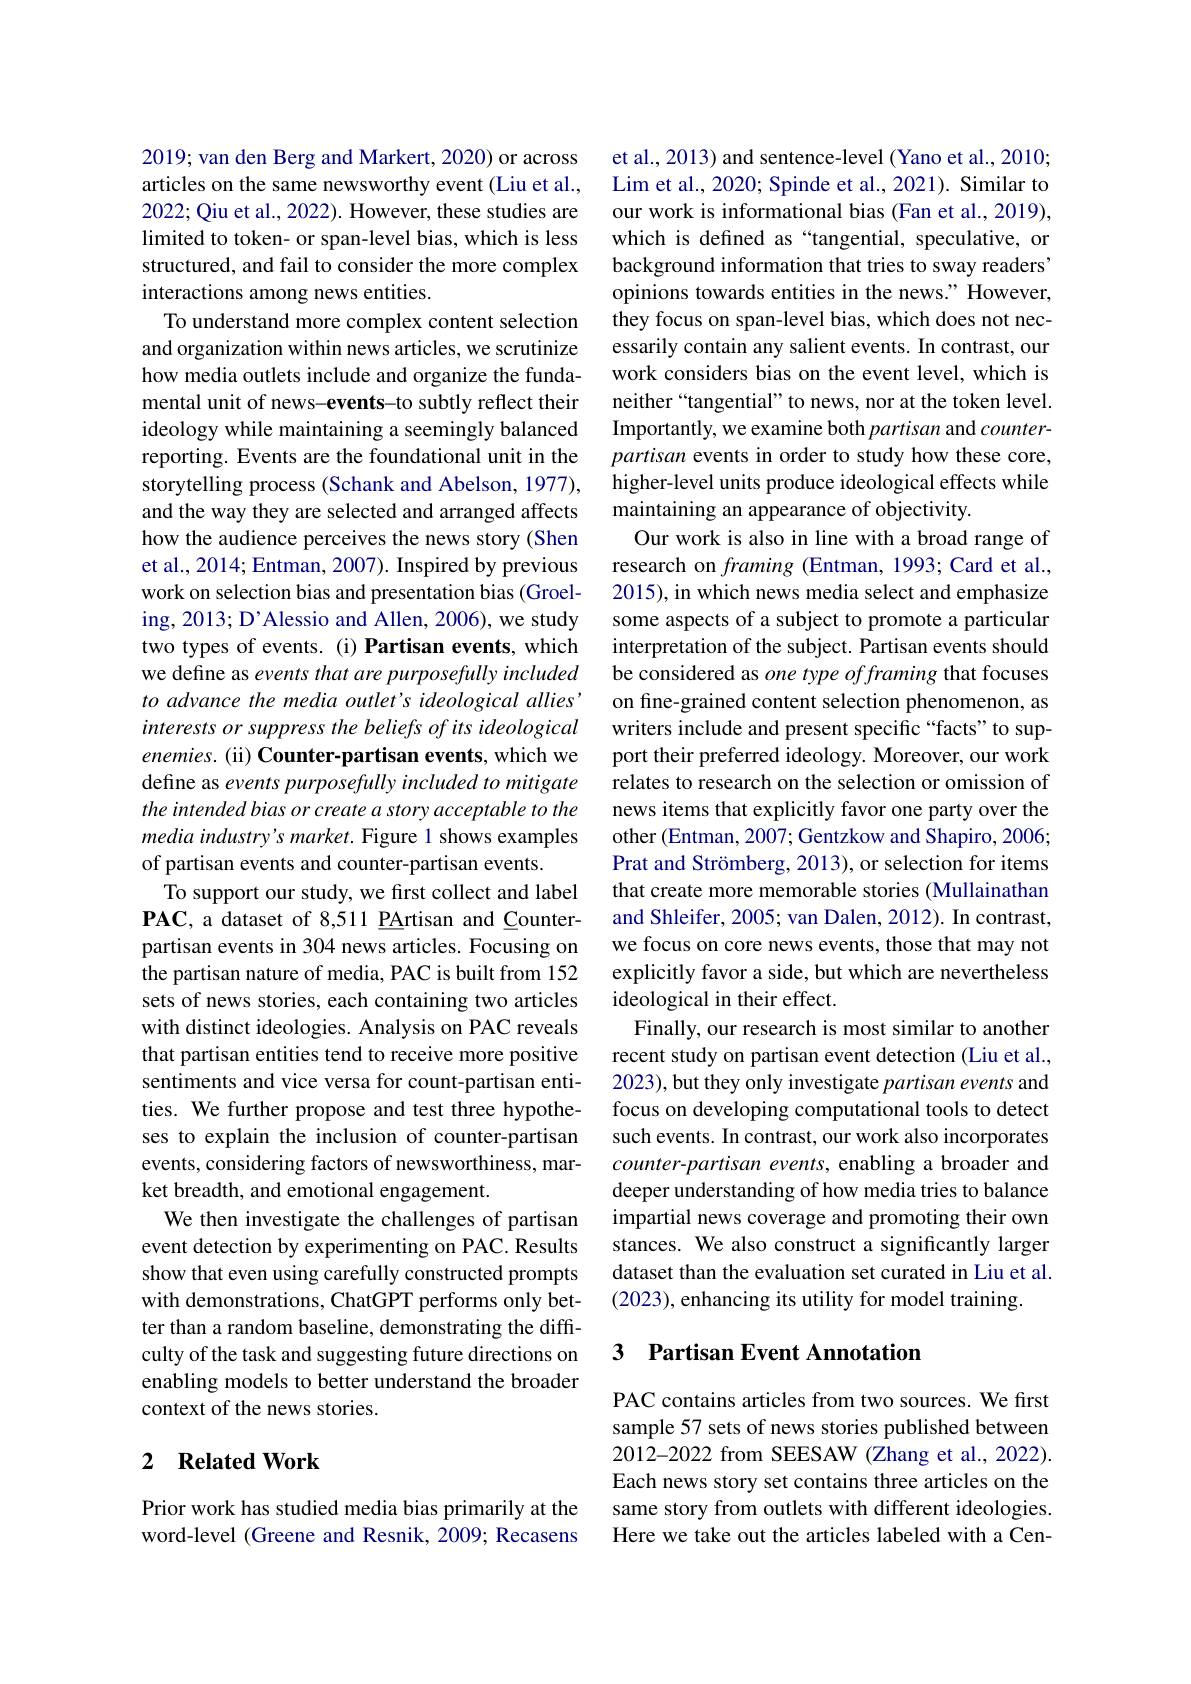
2019; van den Berg and Markert, 2020) or across articles on the same newsworthy event (Liu et al., 2022; Qiu et al., 2022). However, these studies are limited to token- or span-level bias, which is less structured, and fail to consider the more complex interactions among news entities.
To understand more complex content selection and organization within news articles, we scrutinize how media outlets include and organize the fundamental unit of news-events-to subtly reflect their ideology while maintaining a seemingly balanced reporting. Events are the foundational unit in the storytelling process (Schank and Abelson, 1977), and the way they are selected and arranged affects how the audience perceives the news story (Shen et al., 2014; Entman, 2007). Inspired by previous work on selection bias and presentation bias (Groeling, 2013; D' Alessio and Allen, 2006), we study two types of events. (i) Partisan events, which we define as events that are purposefully included to advance the media outlet's ideological allies' interests or suppress the beliefs of its ideological enemies. (ii) Counter-partisan events, which we define as events purposefully included to mitigate the intended bias or create a story acceptable to the media industry's market. Figure 1 shows examples of partisan events and counter-partisan events.
To support our study, we first collect and label $\mathbf{PAC}$, a dataset of 8,511 PArtisan and Counterpartisan events in 304 news articles. Focusing on the partisan nature of media, PAC is built from 152 sets of news stories, each containing two articles with distinct ideologies. Analysis on PAC reveals that partisan entities tend to receive more positive sentiments and vice versa for count-partisan entities. We further propose and test three hypotheses to explain the inclusion of counter-partisan events, considering factors of newsworthiness, market breadth, and emotional engagement.
We then investigate the challenges of partisan event detection by experimenting on PAC. Results show that even using carefully constructed prompts with demonstrations, ChatGPT performs only better than a random baseline, demonstrating the difficulty of the task and suggesting future directions on enabling models to better understand the broader context of the news stories.

## 2 $\textbf{Related Work}$

Prior work has studied media bias primarily at the word-level (Greene and Resnik, 2009; Recasens

et al., 2013) and sentence-level (Yano et al., 2010; Lim et al., 2020; Spinde et al., 2021). Similar to our work is informational bias (Fan et al., 2019), which is defined as“tangential, speculative, or background information that tries to sway readers' opinions towards entities in the news." However, they focus on span-level bias, which does not necessarily contain any salient events. In contrast, our work considers bias on the event level, which is neither“tangential”to news, nor at the token level. Importantly, we examine both partisan and counterpartisan events in order to study how these core, higher-level units produce ideological effects while maintaining an appearance of objectivity.
Our work is also in line with a broad range of research on framing (Entman, 1993; Card et al., 2015), in which news media select and emphasize some aspects of a subject to promote a particular interpretation of the subject. Partisan events should be considered as one type offraming that focuses on fine-grained content selection phenomenon, as writers include and present specific “facts”to support their preferred ideology. Moreover, our work relates to research on the selection or omission of news items that explicitly favor one party over the other (Entman, 2007; Gentzkow and Shapiro, 2006; Prat and Strömberg, 2013), or selection for items that create more memorable stories (Mullainathan and Shleifer, 2005; van Dalen, 2012). In contrast, we focus on core news events, those that may not explicitly favor a side, but which are nevertheless ideological in their effect.
Finally, our research is most similar to another recent study on partisan event detection (Liu et al., 2023), but they only investigate partisan events and focus on developing computational tools to detect such events. In contrast, our work also incorporates $counter-partisan$ events, enabling a broader and deeper understanding of how media tries to balance impartial news coverage and promoting their own stances. We also construct a significantly larger dataset than the evaluation set curated in Liu et al. (2023), enhancing its utility for model training.

## 3 Partisan Event Annotation

PAC contains articles from two sources. We first sample 57 sets of news stories published between 2012-2022 from SEESAW (Zhang et al., 2022). Each news story set contains three articles on the same story from outlets with different ideologies. Here we take out the articles labeled with a Cen-